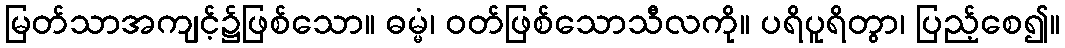
မြတ်သာအကျင့်၌ဖြစ်သော။ ဓမ္မံ၊ ဝတ်ဖြစ်သောသီလကို။ ပရိပူရိတွာ၊ ပြည့်စေ၍။